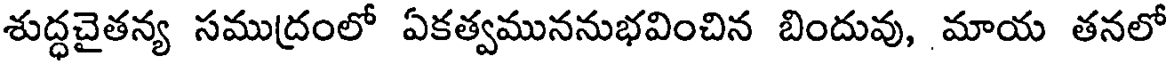
శుద్ధచైతన్య సముద్రంలో ఏకత్వముననుభవించిన బిందువు, మాయ తనలో